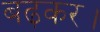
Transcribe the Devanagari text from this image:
बढ़कर।